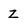
Character: z